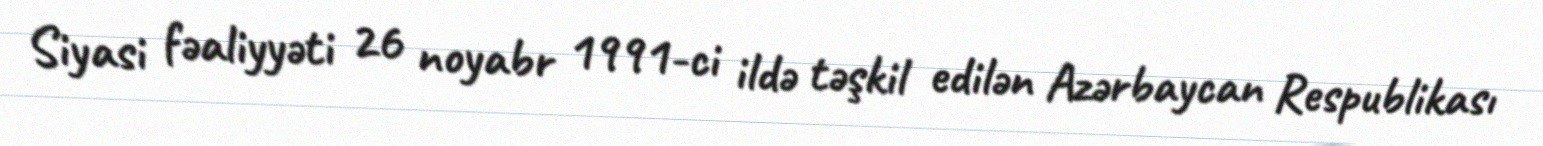
Siyasi fəaliyyəti 26 noyabr 1991-ci ildə təşkil edilən Azərbaycan Respublikası